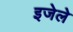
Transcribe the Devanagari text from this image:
इजेले